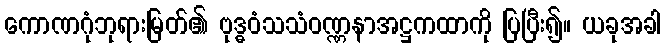
ကောဏဂုံဘုရားမြတ်၏ ဗုဒ္ဓဝံသသံဝဏ္ဏနာအဋ္ဌကထာကို ပြပြီး၍။ ယခုအခါ